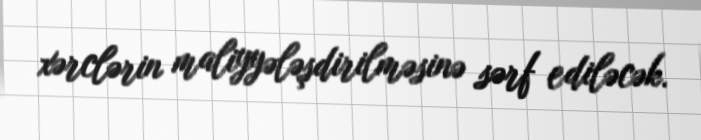
xərclərin maliyyələşdirilməsinə sərf ediləcək.